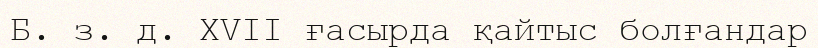
Б. з. д. XVII ғасырда қайтыс болғандар